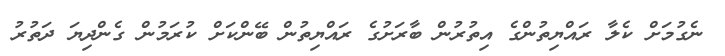
ނެގުމަށް ކެލާ ރައްޔިތުންގެ އިތުރުން ބާރަށުގެ ރައްޔިތުން ބޭންކަށް ކުރަމުން ގެންދިޔަ ދަތުރު